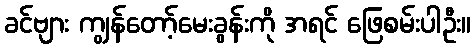
ခင်ဗျား ကျွန်တော့်မေးခွန်းကို အရင် ဖြေစမ်းပါဦး။